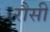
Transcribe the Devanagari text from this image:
रौसी